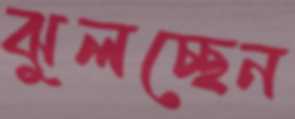
ঝুলচ্ছেন